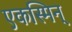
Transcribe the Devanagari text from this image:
एकस्मिन्